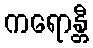
ကရောန္တီ